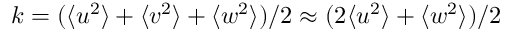
k = ( { \langle u ^ { 2 } \rangle } + { \langle v ^ { 2 } \rangle } + { \langle w ^ { 2 } \rangle } ) / 2 \approx ( 2 { \langle u ^ { 2 } \rangle } + { \langle w ^ { 2 } \rangle } ) / 2